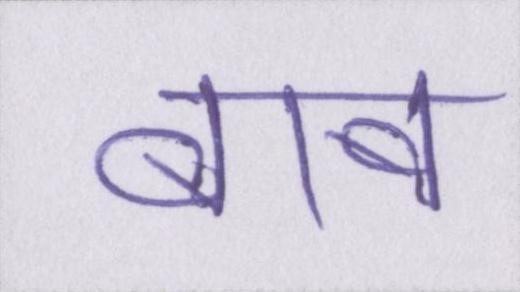
बाब